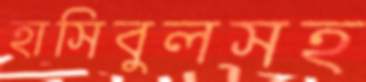
হাসিবুলসহ